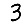
Digit: 3